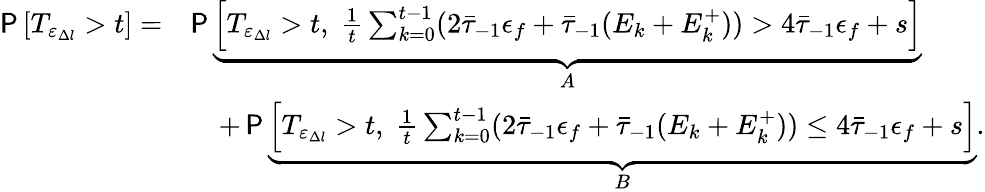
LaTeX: \begin{array}{rl}{\P\left[T_{\varepsilon_{\Delta l}}>t\right]=}&{\P\underbrace{\left[T_{\varepsilon_{\Delta l}}>t,\; \frac{1}{t}\sum_{k=0}^{t-1}(2\bar{\tau}_{-1}\epsilon_{f}+\bar{\tau}_{-1}(E_{k}+E_{k}^{+}))>4\bar{\tau}_{-1}\epsilon_{f}+s\right]}_{A}}\\ &{\quad+\P\underbrace{\left[T_{\varepsilon_{\Delta l}}>t,\; \frac{1}{t}\sum_{k=0}^{t-1}(2\bar{\tau}_{-1}\epsilon_{f}+\bar{\tau}_{-1}(E_{k}+E_{k}^{+}))\leq 4\bar{\tau}_{-1}\epsilon_{f}+s\right]}_{B}.}\end{array}